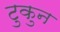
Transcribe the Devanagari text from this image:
टुकुन